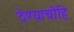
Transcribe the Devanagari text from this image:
देण्याचीहि